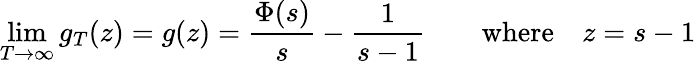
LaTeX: \operatorname*{lim}_{T\to\infty}g_{T}(z)=g(z)={\frac{\Phi(s)}{s}}-{\frac{1}{s-1}}\quad\quad{\mathrm{where}}\quad z=s-1